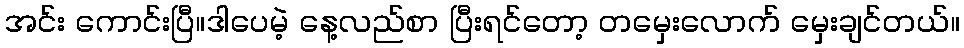
အင်း ကောင်းပြီ။ဒါပေမဲ့ နေ့လည်စာ ပြီးရင်တော့ တမှေးလောက် မှေးချင်တယ်။